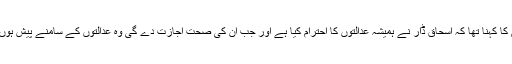
ذرائع کا کہنا تھا کہ اسحاق ڈار نے ہمیشہ عدالتوں کا احترام کیا ہے اور جب ان کی صحت اجازت دے گی وہ عدالتوں کے سامنے پیش ہوں گے۔